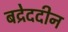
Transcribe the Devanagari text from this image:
बद्रेददीन